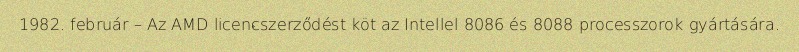
1982. február – Az AMD licencszerződést köt az Intellel 8086 és 8088 processzorok gyártására.